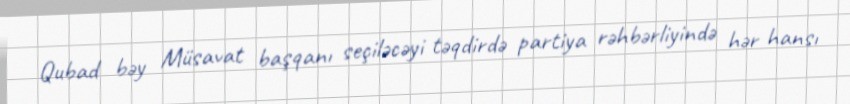
Qubad bəy Müsavat başqanı seçiləcəyi təqdirdə partiya rəhbərliyində hər hansı